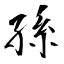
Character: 孫